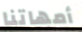
أمهاتنا